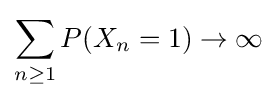
\sum _{n\geq 1}P(X_{n}=1)\to \infty